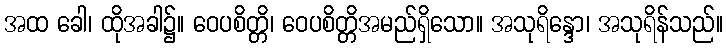
အထ ခေါ၊ ထိုအခါ၌။ ဝေပစိတ္တိ၊ ဝေပစိတ္တိအမည်ရှိသော။ အသုရိန္ဒော၊ အသုရိန်သည်။